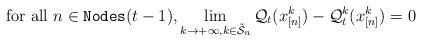
LaTeX: \begin{align*}\mbox{for all }n \in {\tt{Nodes}}(t-1), \lim_{k \rightarrow +\infty, k \in {\tilde{\mathcal{S}}}_{n}} \mathcal{Q}_{t}(x_{[n]}^{k})-\mathcal{Q}_{t}^{k}(x_{[n]}^{k} )=0\end{align*}